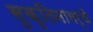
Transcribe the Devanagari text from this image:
सुकृतिनामर्थे